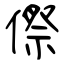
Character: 傺